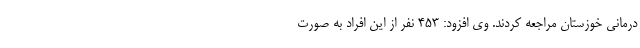
درمانی خوزستان مراجعه کردند. وی افزود: ۴۵۳ نفر از این افراد به صورت